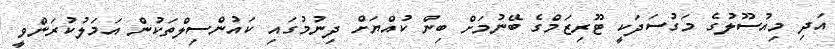
އަދި މިއުސޫލުގެ މަގުސަދަކީ ޓޫރިޒަމްގެ ބޭނުމަށް ބިން ކުއްޔަށް ދިނުމުގައި ކައުންސިލްތަކުން އަމަލުކުރަންވީ